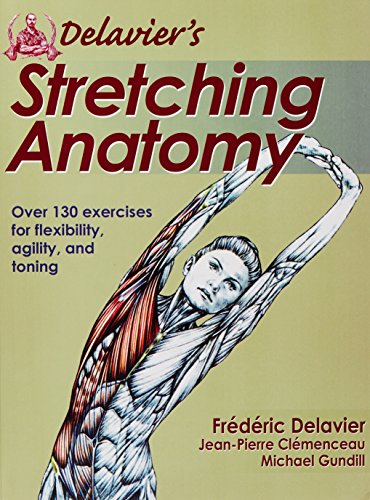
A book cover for Delavier's Stretching Anatomy; Frederic Delavier; Science & Math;